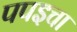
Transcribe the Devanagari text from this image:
पपइचा